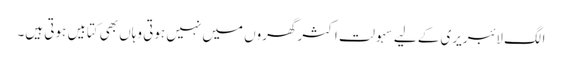
الگ لائبریری کے لیے سہولت اکثر گھروں میں نہیں ہوتی وہاں بھی کتابیں ہوتی ہیں۔